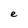
Character: e